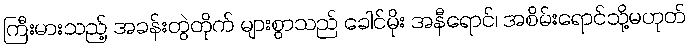
ကြီးမားသည့် အခန်းတွဲတိုက် များစွာသည် ခေါင်မိုး အနီရောင်၊ အစိမ်းရောင်သို့မဟုတ်